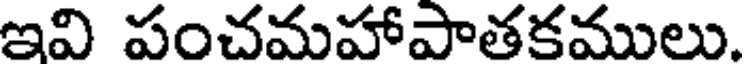
ఇవి పంచమహాపాతకములు.